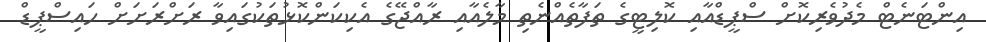
އިންޓަނެޓް މެދުވެރިކޮށް ސްޕީޑްއާއި ކޮލިޓީގެ ތަފާތެއްނެތި މާލެއާއި ރާއްޖޭގެ އެކިކަންކޮޅުތަކުގައިވާ ރަށްރަށަށް ހައިސްޕީޑް